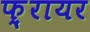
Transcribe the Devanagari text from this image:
फ़्रायर